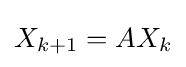
X_{k+1}=AX_{k}